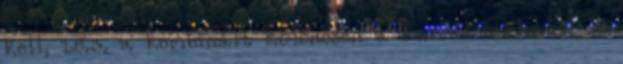
kell, 1.8.3. a kombinált különösen a karral zárható, de